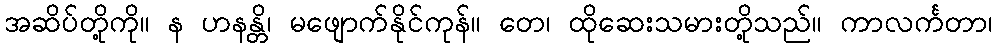
အဆိပ်တို့ကို။ န ဟနန္တိ၊ မဖျောက်နိုင်ကုန်။ တေ၊ ထိုဆေးသမားတို့သည်။ ကာလင်္ကတာ၊